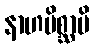
နာဟမိစ္ဆာမိ